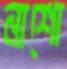
নাশো